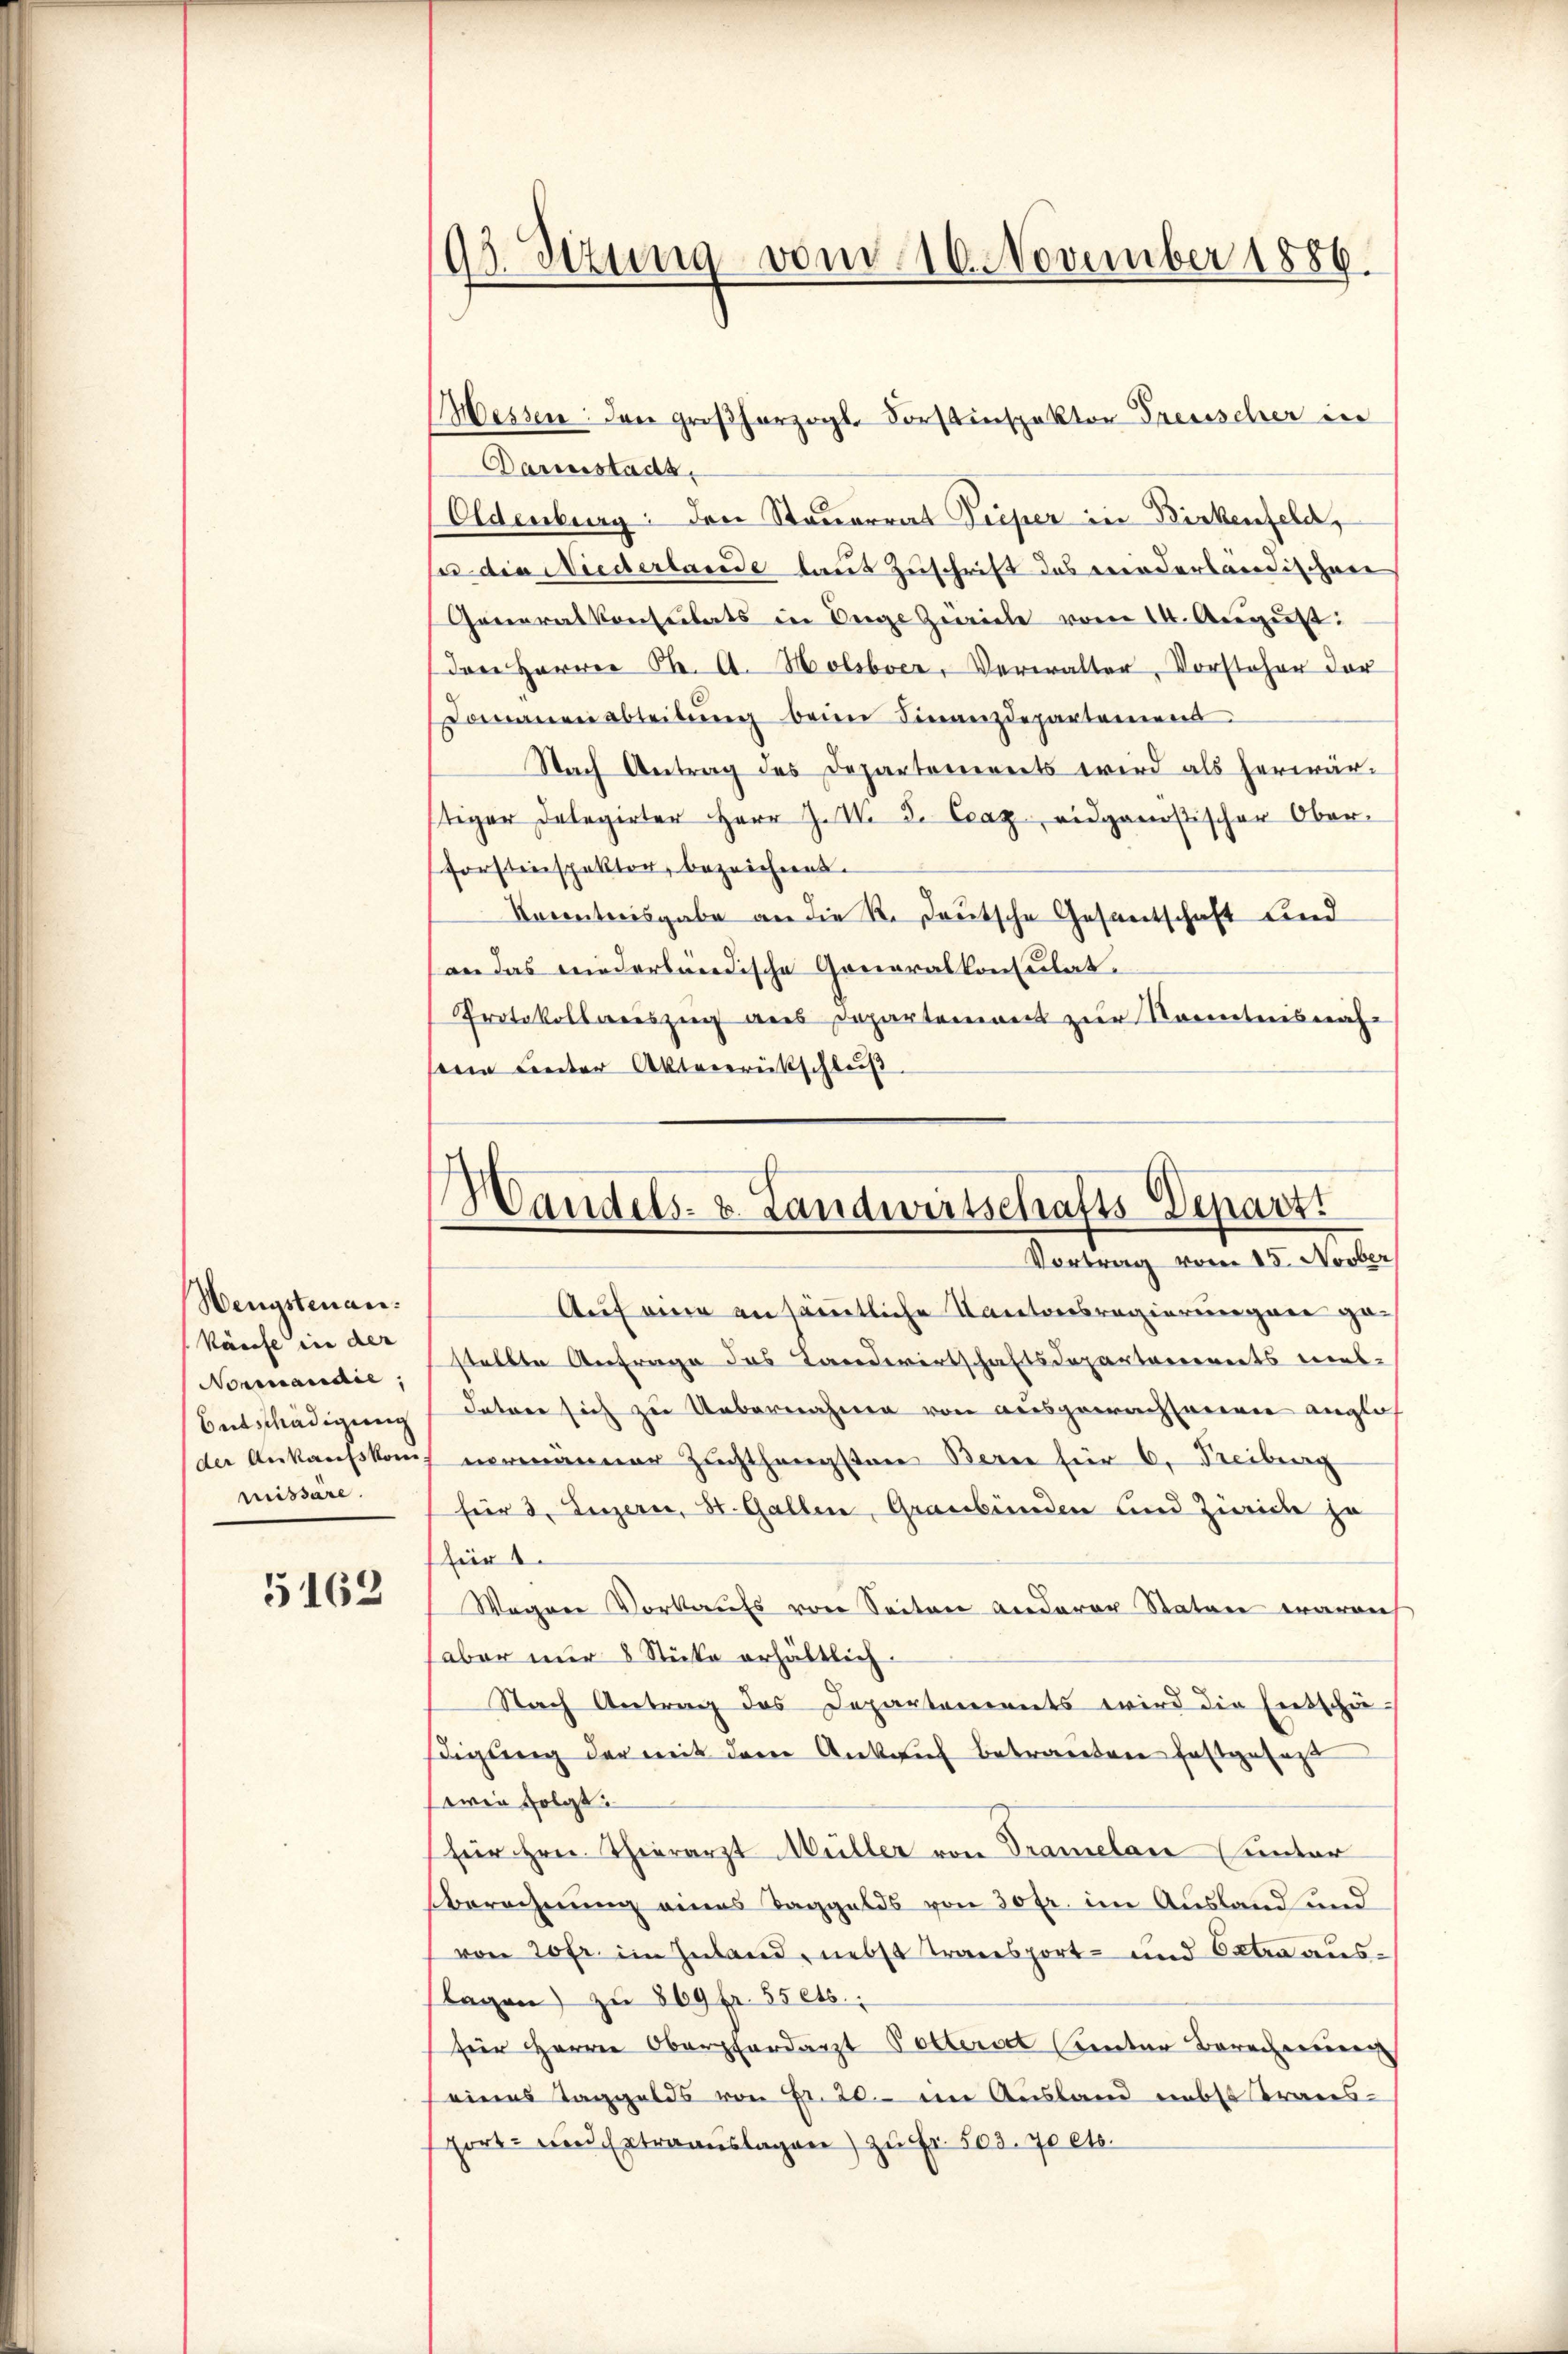
Wengstenankäufe in der
Normandie,
missäre.

5162

95. Setzung vom 16. November 1886.

Darmstadt,
Oldenburg: den Steuerrat Pieper in Dickenfeld,
sa die Niederlande laut Zuschrift das wiederländischen
Generalkonsulats in Unge Zürich vom 14. August.
Den Herren St. A. Holber, Verwalter, Vorsteher der
Domanen Abteilung beim Finanzdepartemens
Nach Antrag des Departements wird als herwärstiger Delegirter Herr J. V. d. Craz, eidganostischer Ober-
forstenspektor, bezeichnet.
Kocentreisgabe an die R. Teutsche Gesantschaft Lind
n das niederländische Generalkonsulat.
Protokollauszug aus Departement zur Kenntnis nähe
sein unter Aktverrückschluß

Wessen: der großherzogl. Forstinspektor Preuscher in

Handels- u. Landwirtschafts-Departi
Vortrag vom 15. Novber

Auf eine an sämmtliche Kantonsregierungen gestellte Anfrage des Landwirtschaftsdepartarierents mes-
Entschädigung daran sich zu Uebernahme von ausgewachseneren anglos
(der Ankaufskauf vermänner Zuchthängsten Berne für 6. Freiburg
für 3. Luzern, St. Gallen, Graubünden und Zürich ja
für 1
Wogene Vorkaufs von Seiten anderer Stator waren
aber nur 8 Stücke erhältlich.
Nach Antrag des Departements wird die Entschädigung der mit dem Ankauf betrauten festgesagt
sowie folgt:
für Hrn. Thierarzt Müller von Dramelare unter
Berechnung eines Taggelds von 30 fr. im Ausland und
von 20 fr. im Inland, nebst Transport- und Extra ausslagen zu 869 fr. 55 ets.
für Herrn Oberpferdarzt Polterst entar Borcherung
eines Taggelds von Fr. 20. im Ausland nebst Trans¬
Fort- und Extraauslagen) zu Fr. 503. 70 etc.